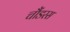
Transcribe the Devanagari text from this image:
चौंडरस